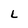
Character: L